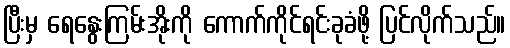
ပြီးမှ ရေနွေးကြမ်းအိုးကို ကောက်ကိုင်ရင်းခုခံဖို့ ပြင်လိုက်သည်။